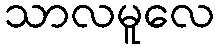
သာလမူလေ